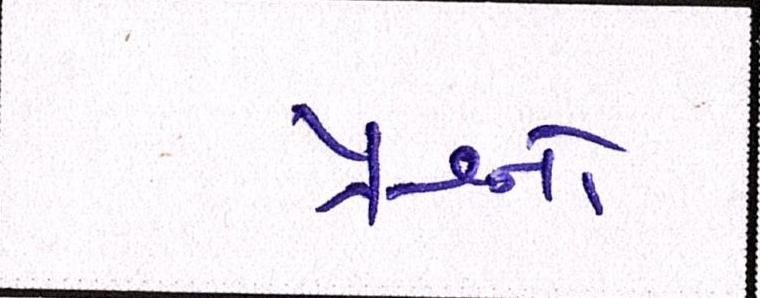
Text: પ્રશ્નનો